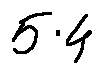
5 . 4